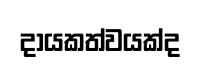
දායකත්වයක්ද